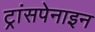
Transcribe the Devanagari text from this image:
ट्रांसपेनाइन